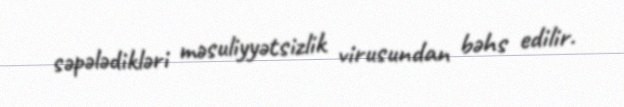
səpələdikləri məsuliyyətsizlik virusundan bəhs edilir.